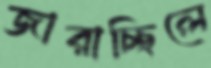
জারাচ্ছিলে